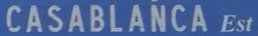
CASABLANCA Est